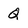
Character: Q